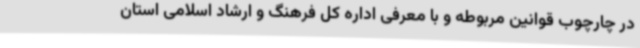
در چارچوب قوانین مربوطه و با معرفی اداره کل فرهنگ و ارشاد اسلامی استان